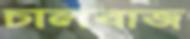
চালবাজ